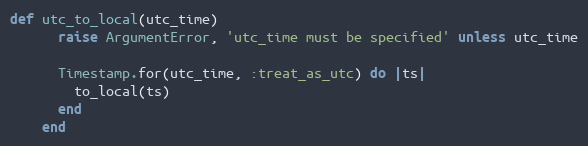
Language: Ruby
def utc_to_local(utc_time)
      raise ArgumentError, 'utc_time must be specified' unless utc_time

      Timestamp.for(utc_time, :treat_as_utc) do |ts|
        to_local(ts)
      end
    end